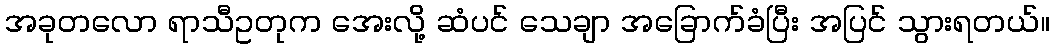
အခုတလော ရာသီဥတုက အေးလို့ ဆံပင် သေချာ အခြောက်ခံပြီး အပြင် သွားရတယ်။